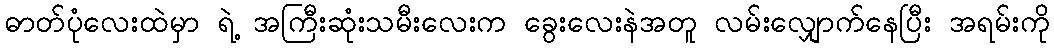
ဓာတ်ပုံလေးထဲမှာ ရဲ့ အကြီးဆုံးသမီးလေးက ခွေးလေးနဲအတူ လမ်းလျှောက်နေပြီး အရမ်းကို